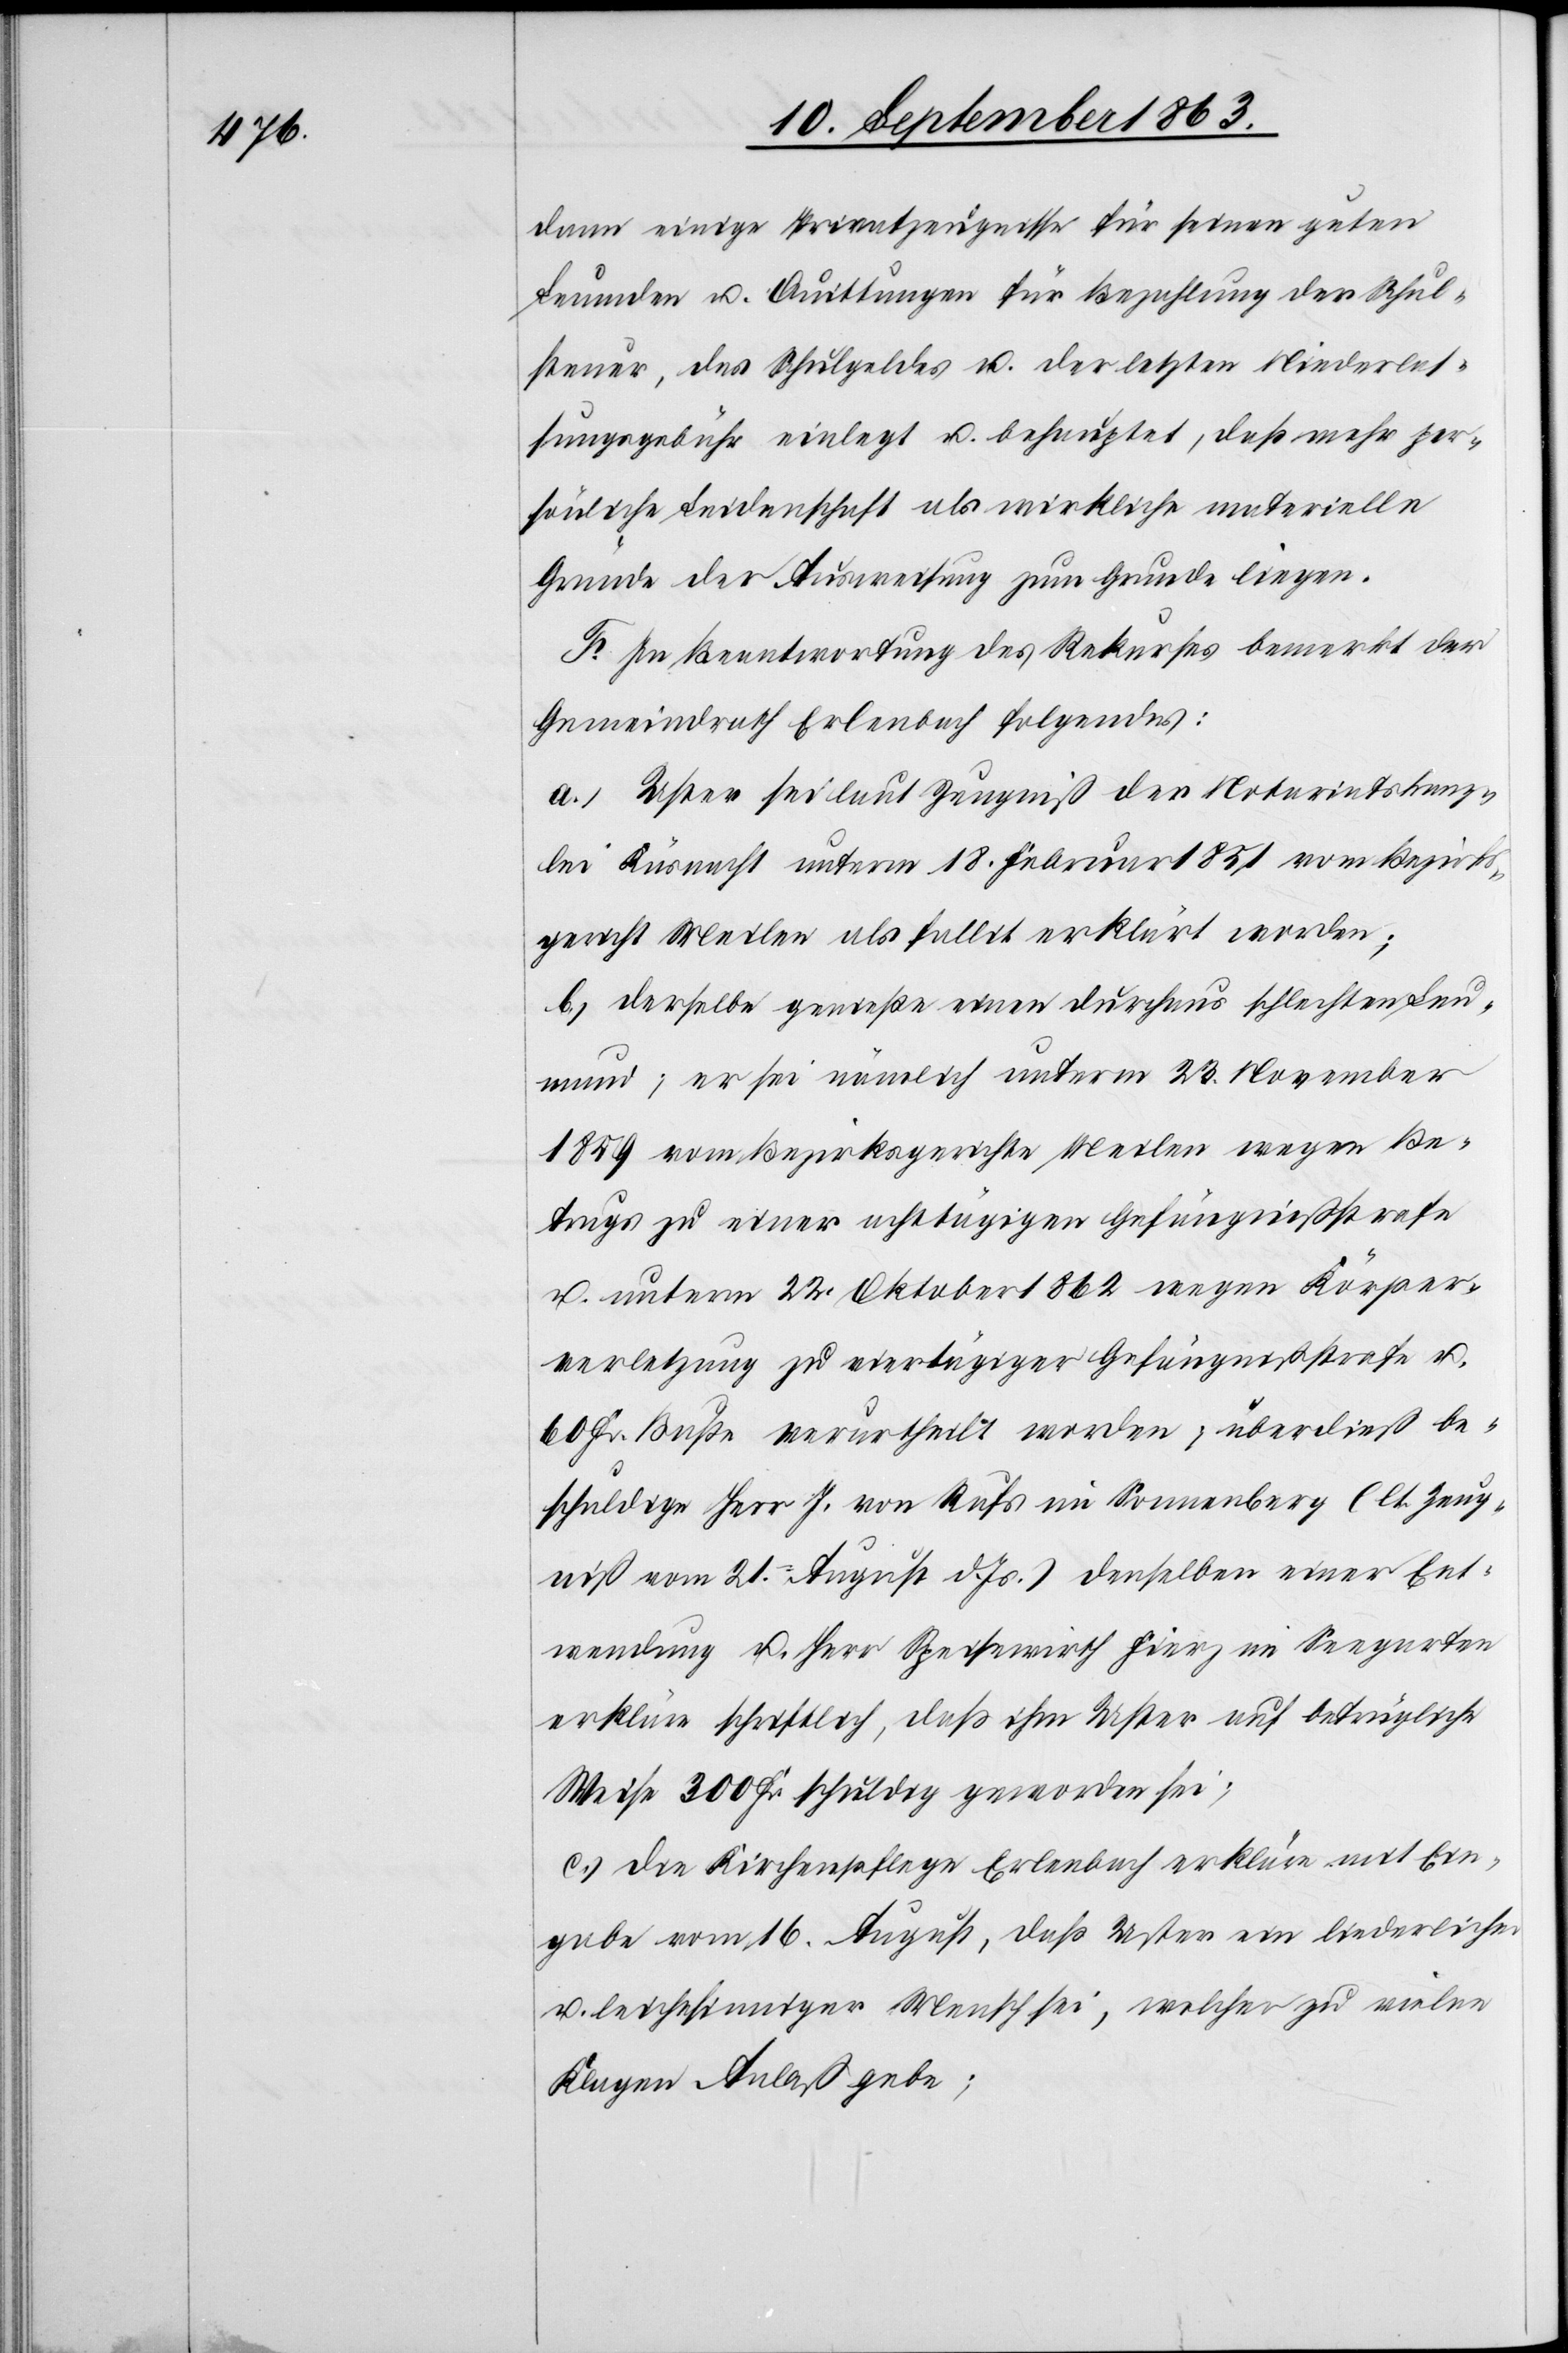
dann einige Privatzeugnisse für seinen guten
Leumden u. Quittungen für Bezahlung der Schul¬
steuer, des Schulgeldes u. der letzten Niederlas¬
sungsgebühr einlegt u. behauptet, daß mehr per¬
sönliche Leidenschaft als wirkliche materielle
Gründe der Ausweisung zum Grunde liegen.
F. In Beantwortung des Rekurses bemerkt der
Gemeindrath Erlenbach folgendes:
a.) Uster sei laut Zeugniß der Notariatskanz¬
lei Küsnacht unterm 18. Februar 1851 vom Bezirks¬
gericht Meilen als fallit erklärt worden;
b.) derselbe genieße einen durchaus schlechten Leu¬
mund; er sei nämlich unterm 23. November
1859 vom Bezirksgerichte Meilen wegen Be¬
trugs zu einer achttägigen Gefängnißstrafe
u. unterm 22. Oktober 1862 wegen Körper¬
verletzung zu viertägiger Gefängnißstrafe u.
60 Fr. Buße verurtheilt worden; überdieß be¬
schuldige Herr J. von Rufs im Sonnenberg (lt. Zeug¬
niß vom 21. August d. Js.) denselben einer Ent¬
wendung u. Herr Speisewirth Fierz im Seegarten
erkläre schriftlich, daß ihm Uster auf betrügliche
Weise 300 Fr. schuldig geworden sei;
c.) die Kirchenpflege Erlenbach erkläre mit Ein¬
gabe vom 16. August, daß Uster ein liederlicher
u. leichtsinniger Mensch sei, welcher zu vielen
Klagen Anlaß gebe;